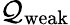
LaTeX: \mathcal{Q}\mathrm{{{_{weak}}}}